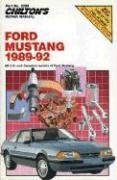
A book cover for Ford Mustang, 1989-92 (Chilton's Repair Manuals); Chilton; Engineering & Transportation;